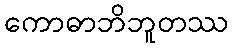
ကောဓာဘိဘူတဿ